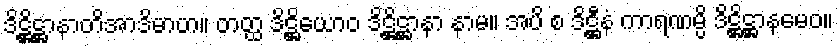
ဒိဋ္ဌိဋ္ဌာနာတိအာဒိမာဟ။ တတ္ထ ဒိဋ္ဌိယောဝ ဒိဋ္ဌိဋ္ဌာနာ နာမ။ အပိ စ ဒိဋ္ဌီနံ ကာရဏမ္ပိ ဒိဋ္ဌိဋ္ဌာနမေဝ။